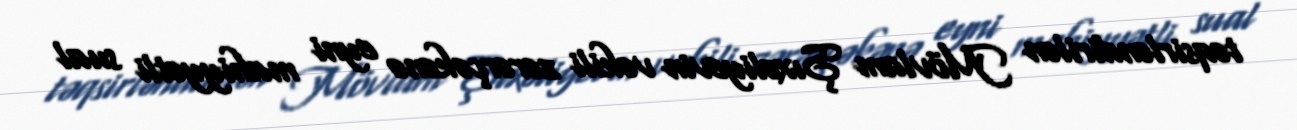
təqsirləndirilən Mövlam Şıxəliyevin vəkili zərərçəkənə eyni mahiyyətli sual